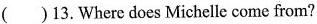
( )13.Where does Michelle come from?